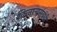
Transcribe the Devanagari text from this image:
किनार्‍यसंबंधी